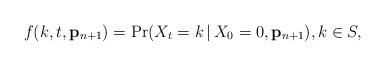
LaTeX: \begin{align*}f(k,t,\mathbf{p}_{n+1}) \overset{}{=} \Pr(X_t = k \,\vert\, X_0 = 0, \mathbf{p}_{n+1}) , k \in S,\end{align*}